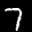
Label: 7